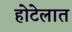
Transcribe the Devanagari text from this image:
होटेलात